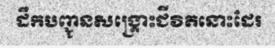
ដឹកបញ្ជូនសង្គ្រោះជីវិតនោះដែរ